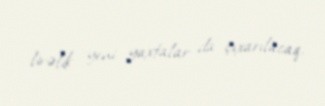
lirəlik yeni yaxtalar da çıxarılacaq.